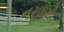
નરાધમો